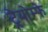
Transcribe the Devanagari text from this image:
ट्रेयोम्फे